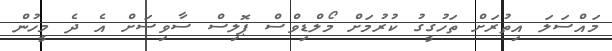
މައްސަލަ އިތުރަށް ތަހުގީގު ކުރުމަށް މޯލްޑިވްސް ޕޮލިސް ސާވިސަށް އެ ދެ މީހުން